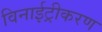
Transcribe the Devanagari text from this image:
विनाईट्रीकरण